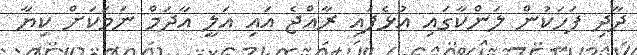
ދާދި ފަހަކުން ލަންކާގައި އުޅެފައި ރާއްޖެ އައި އަލީ އާދަމް ނަމަކަށް ކިޔާ